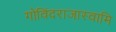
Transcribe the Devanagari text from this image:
गोविंदराजास्वामि